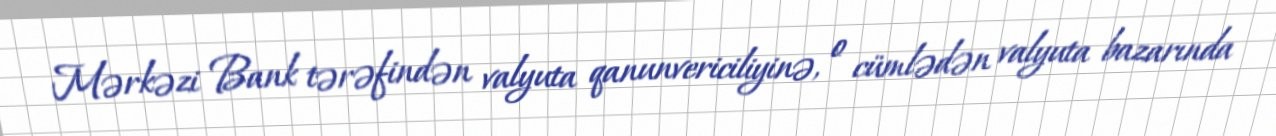
Mərkəzi Bank tərəfindən valyuta qanunvericiliyinə, o cümlədən valyuta bazarında